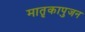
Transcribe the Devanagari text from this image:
मातृकापुजन